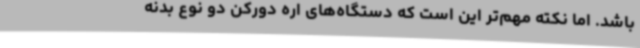
باشد. اما نکته مهم‌تر این است که دستگاه‌های اره دورکن دو نوع بدنه